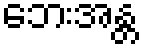
ဘေးအန္တ